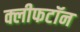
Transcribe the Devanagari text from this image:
क्लीफटॉन